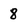
Character: 8